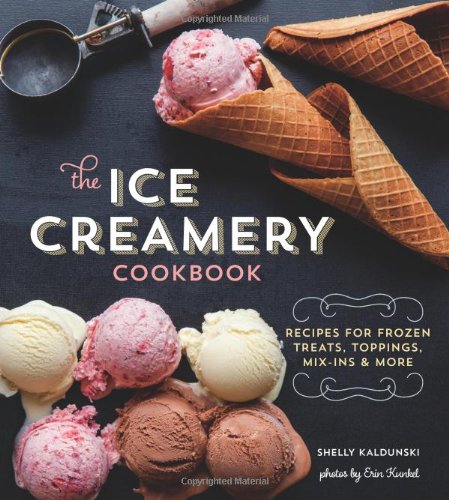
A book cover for The Ice Creamery Cookbook: Modern Frozen Treats & Sweet Embellishments; Shelly Kaldunski; Cookbooks, Food & Wine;